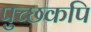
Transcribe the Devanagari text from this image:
पुच्छकपि